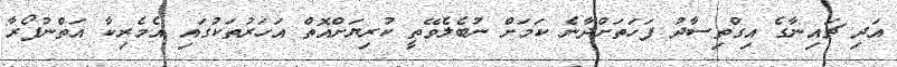
އަދި ޗައިނާގެ އިގްތިސާދު ފަހަތަށްދާނެ ކަމަށް ނުބެލެވޭތީ ކުރިޔަށްއޮތް އަހަރުތަކުގައި އެމެރިކާ އަތްނުފޯރާ